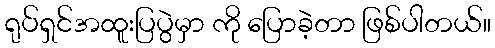
ရုပ်ရှင်အထူးပြပွဲမှာ ကို ပြောခဲ့တာ ဖြစ်ပါတယ်။